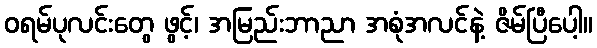
ဝရမ်ပုလင်းတွေ ဖွင့်၊ အမြည်းဘာညာ အစုံအလင်နဲ့ ဇိမ်ပြီပေါ့။